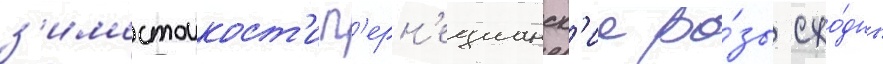
з'имостоикост'и п'ерн'ецианск'ие ро́зы схо́дны